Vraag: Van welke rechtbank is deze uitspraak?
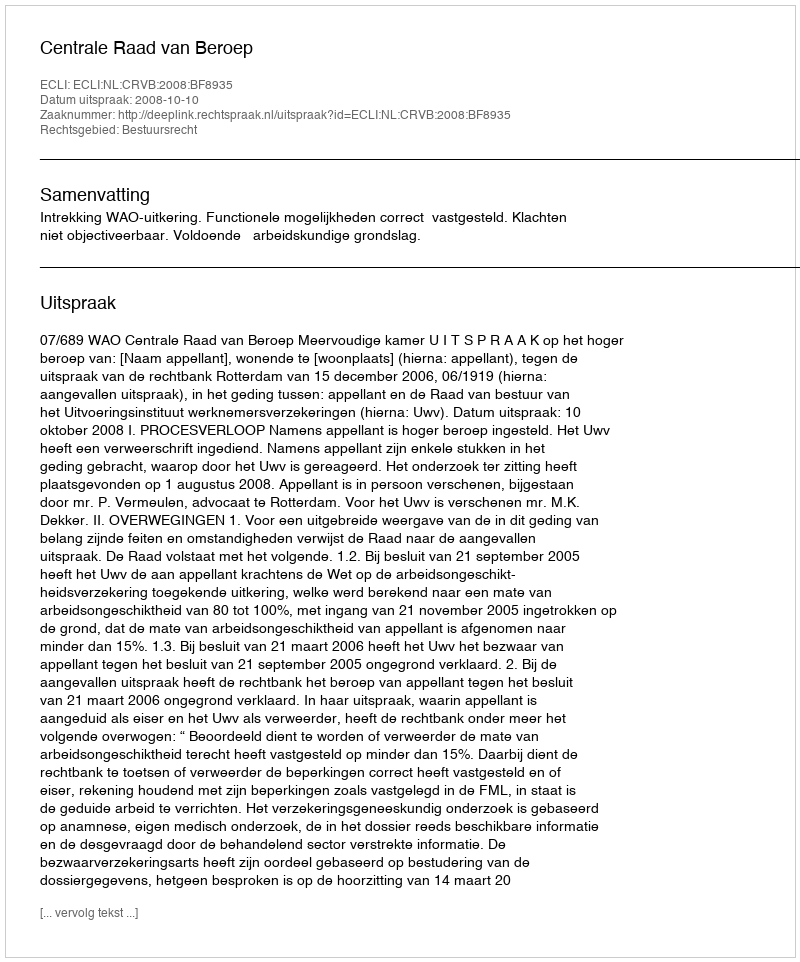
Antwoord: Centrale Raad van Beroep